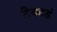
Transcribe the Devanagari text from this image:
टेकाडं